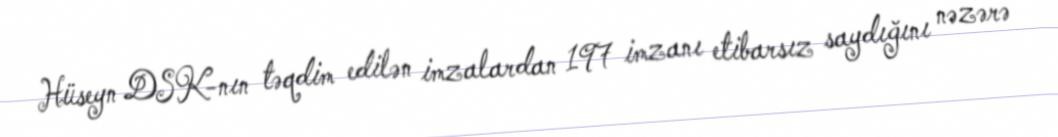
Hüseyn DSK-nın təqdim edilən imzalardan 197 imzanı etibarsız saydığını nəzərə